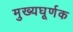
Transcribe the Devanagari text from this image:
मुख्यघूर्णक